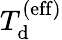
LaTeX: T_{\mathrm{d}}^{\mathrm{{(eff)}}}